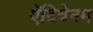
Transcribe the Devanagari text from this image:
ऐंटिवेनम